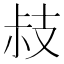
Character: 𢻃